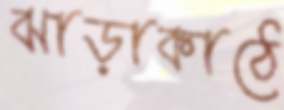
ঝাড়াকাঠে